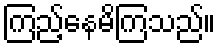
ကြည့်နေမိကြသည်။